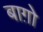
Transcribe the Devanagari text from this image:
बाग़ोे